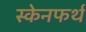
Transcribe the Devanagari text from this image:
स्केनफर्थ